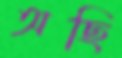
অছি